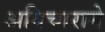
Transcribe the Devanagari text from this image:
अविचाराने